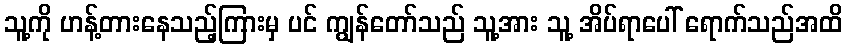
သူ့ကို ဟန့်တားနေသည့်ကြားမှ ပင် ကျွန်တော်သည် သူ့အား သူ့ အိပ်ရာပေါ် ရောက်သည်အထိ